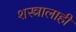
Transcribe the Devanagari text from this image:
शस्त्रालाही